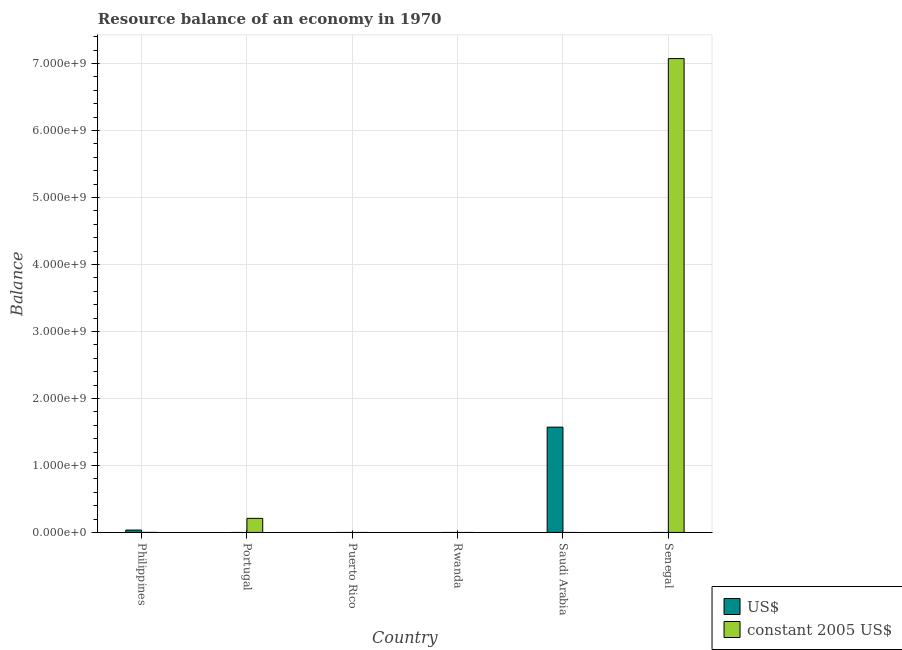
| Country | US$ | constant 2005 US$ |
 | --- | --- | --- |
 | Philippines | 3.55e+07 | 5.3 |
 | Portugal | -4.05e+08 | 2.1e+08 |
 | Puerto Rico | -9.29e+08 | -5.81e+07 |
 | Rwanda | -8.2e+06 | -9.29e+08 |
 | Saudi Arabia | 1.57e+09 | -8.2e+08 |
 | Senegal | -3.02e+07 | 7.08e+09 |